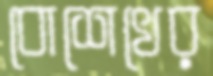
বোশেখের